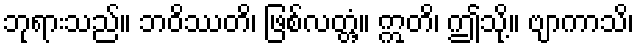
ဘုရားသည်။ ဘဝိဿတိ၊ ဖြစ်လတ္တံ့။ ဣတိ၊ ဤသို့။ ဗျာကာသိ၊